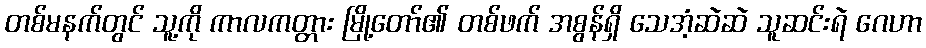
တစ်မနက်တွင် သူ့ကို ကာလကတ္တား မြို့တော်၏ တစ်ဖက် အစွန်ရှိ သေအံ့ဆဲဆဲ သူဆင်းရဲ ဂေဟာ